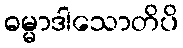
ဓမ္မာဒါသောတိပိ